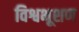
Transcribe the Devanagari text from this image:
विश्वभूशण